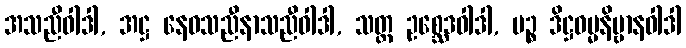
အသညီဝါဒါ, အဋ္ဌ နေဝသညီနာသညီဝါဒါ, သတ္တ ဥစ္ဆေဒဝါဒါ, ပဉ္စ ဒိဋ္ဌဓမ္မနိဗ္ဗာနဝါဒါ